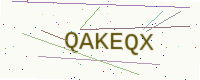
Text: QAKEQX